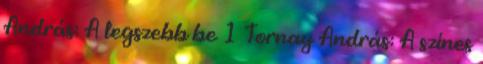
András: A legszebb be 1 Tornay András: A színes